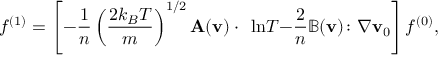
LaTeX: f ^ { ( 1 ) } = \left[ - { \frac { 1 } { n } } \left( { \frac { 2 k _ { B } T } { m } } \right) ^ { 1 / 2 } \mathbf { A ( \mathbf { v } ) \cdot \nabla \ln } T \mathbf { - } { \frac { 2 } { n } } \mathbb { B ( \mathbf { v } ) \colon \nabla } \mathbf { v } _ { 0 } \right] f ^ { ( 0 ) } ,